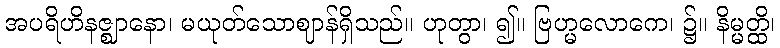
အပရိဟိနဇ္ဈာနော၊ မယုတ်သောဈာန်ရှိသည်။ ဟုတွာ၊ ၍။ ဗြဟ္မလောကေ၊ ၌။ နိမ္မတ္ထိ၊